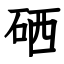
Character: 硒